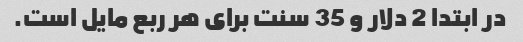
در ابتدا 2 دلار و 35 سنت برای هر ربع مایل است.